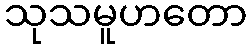
သုသမူဟတော